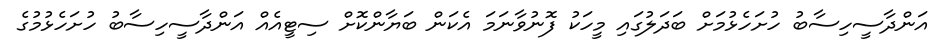
އަންދާސީހިސާބު ހުށަހެޅުމަށް ބަދަލުގައި މީހަކު ފޮނުވާނަމަ އެކަން ބަޔާންކޮށް ސިޓީއެއް އަންދާސީހިސާބު ހުށަހެޅުމުގެ